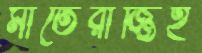
মাতেরাজ্জিই